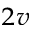
_ { 2 v }